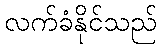
လက်ခံနိုင်သည်